Bréfritari: Samson Björnsson (ath)
Viðtakandi: Halldór Jónsson
Dagsetning: A-1875-03-12
Skrifað á: Djúpalæk, Langanesströnd  N-Múl.

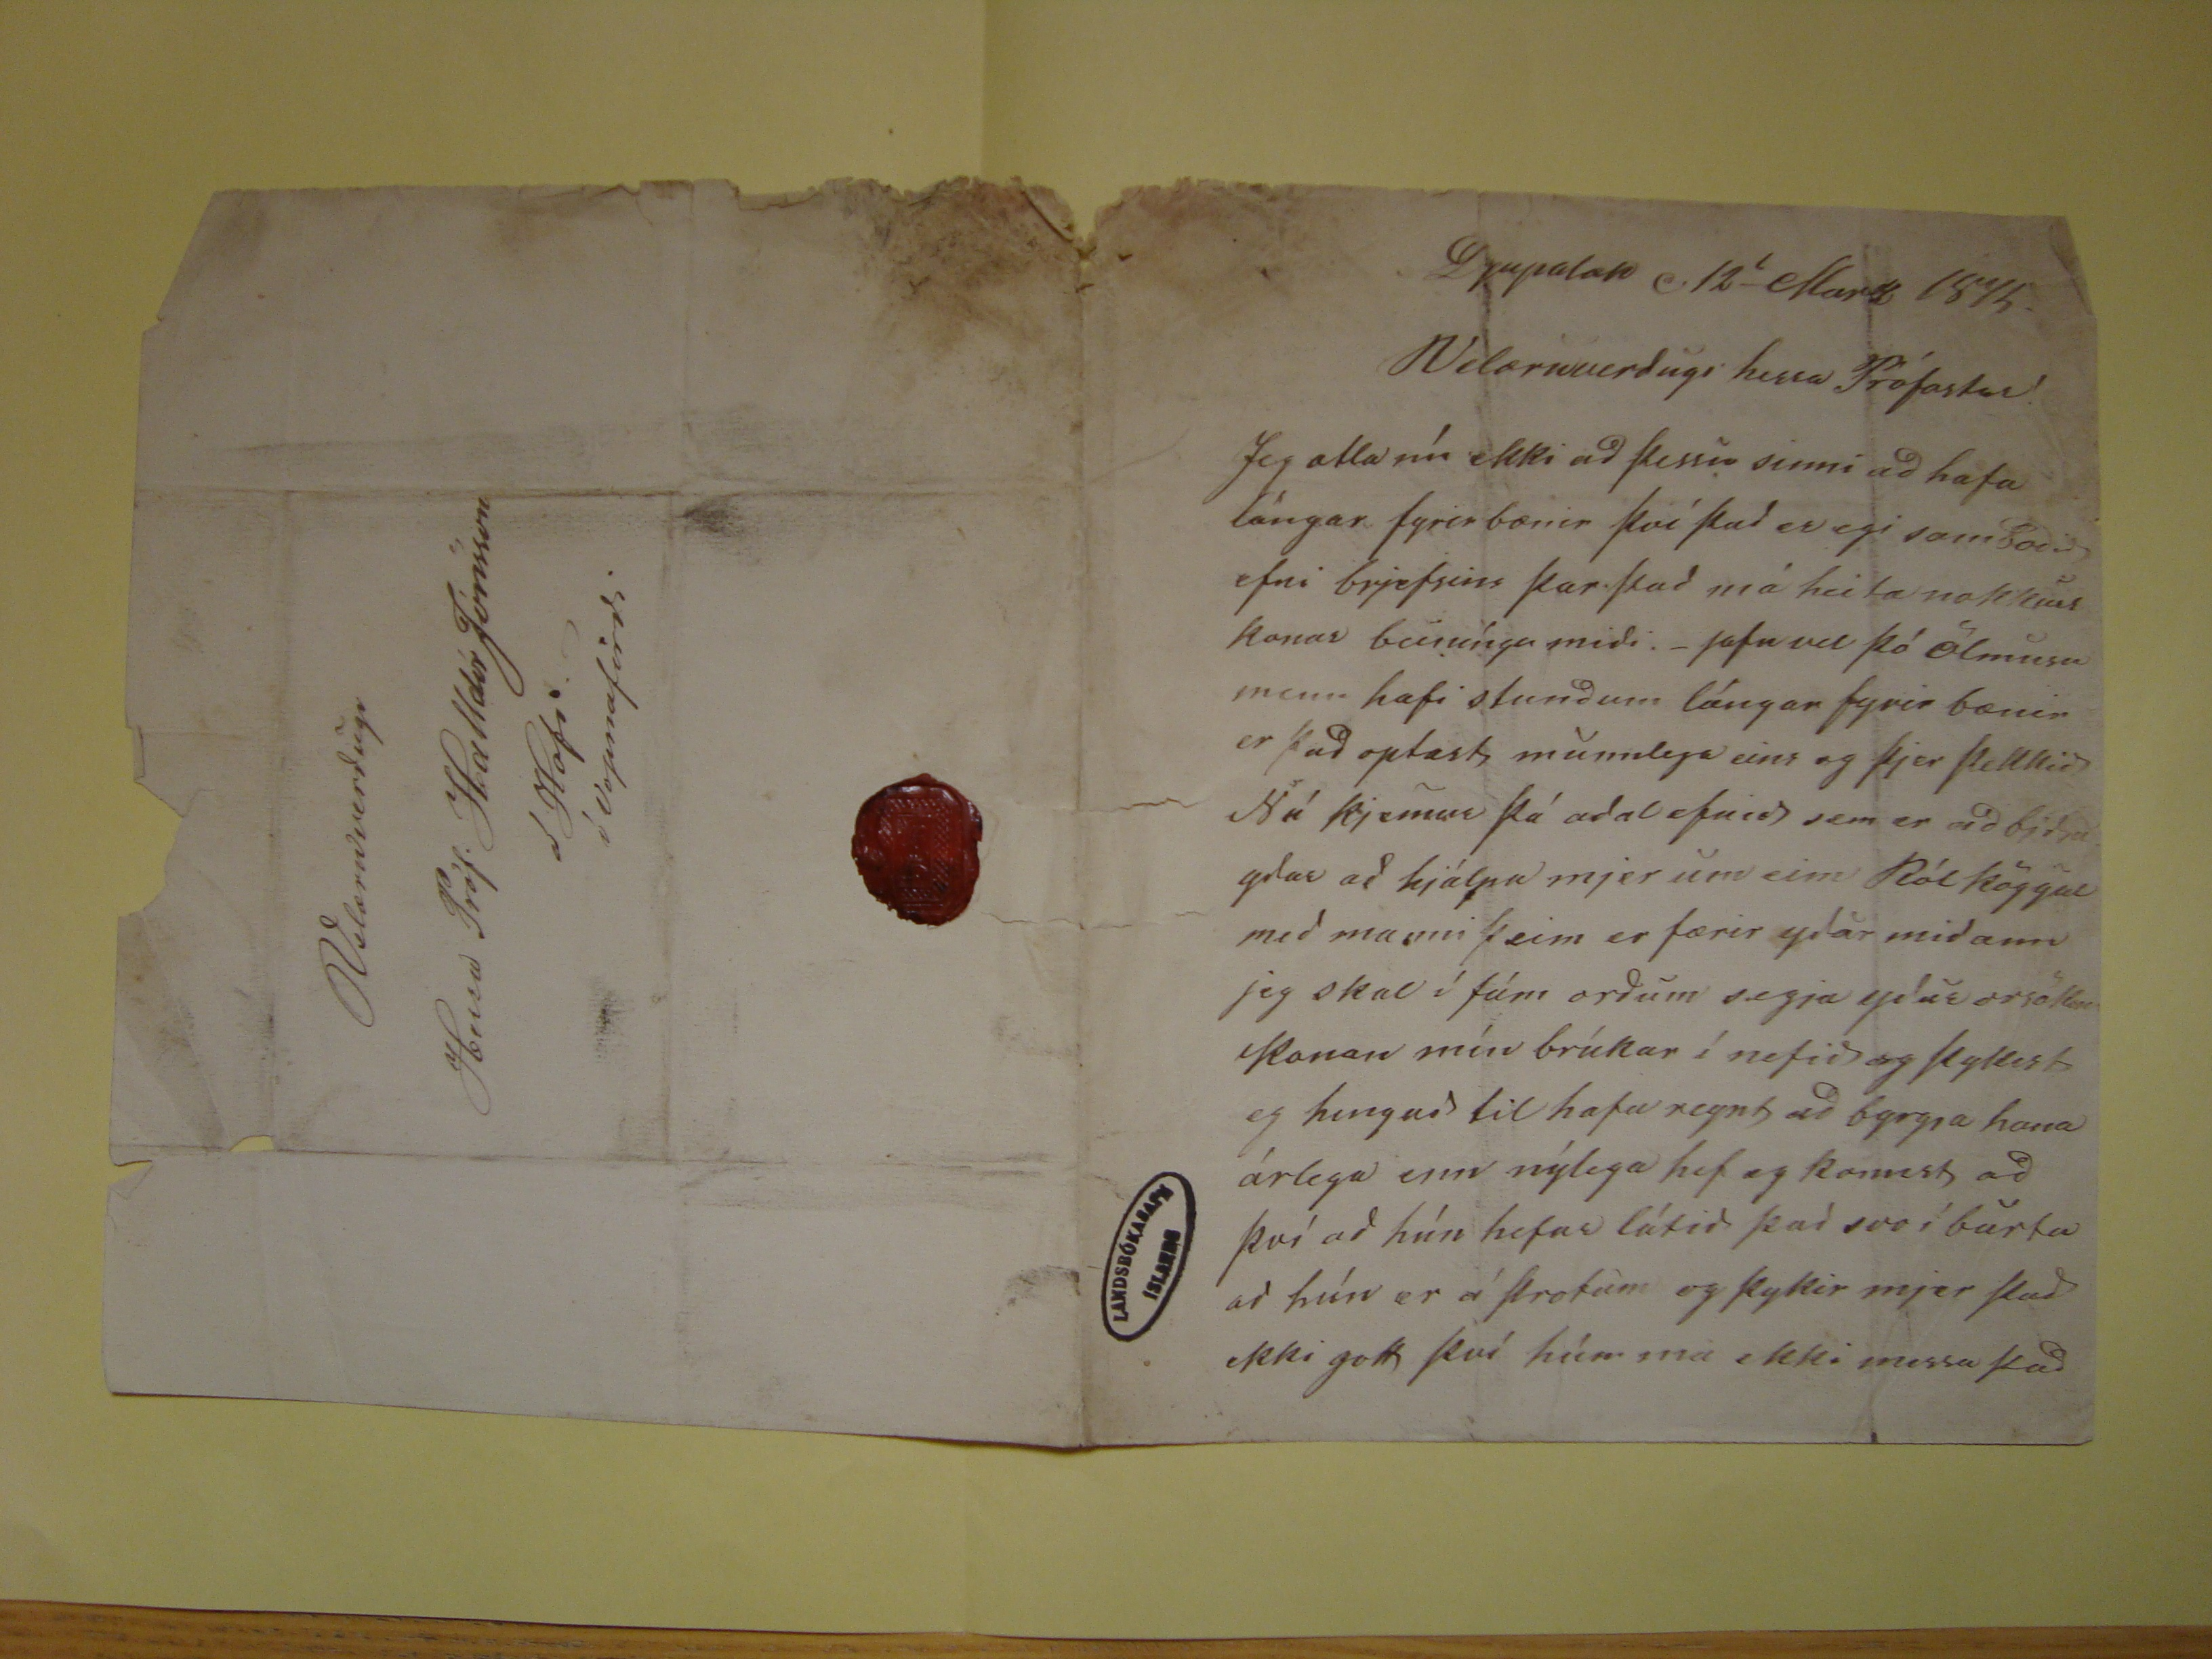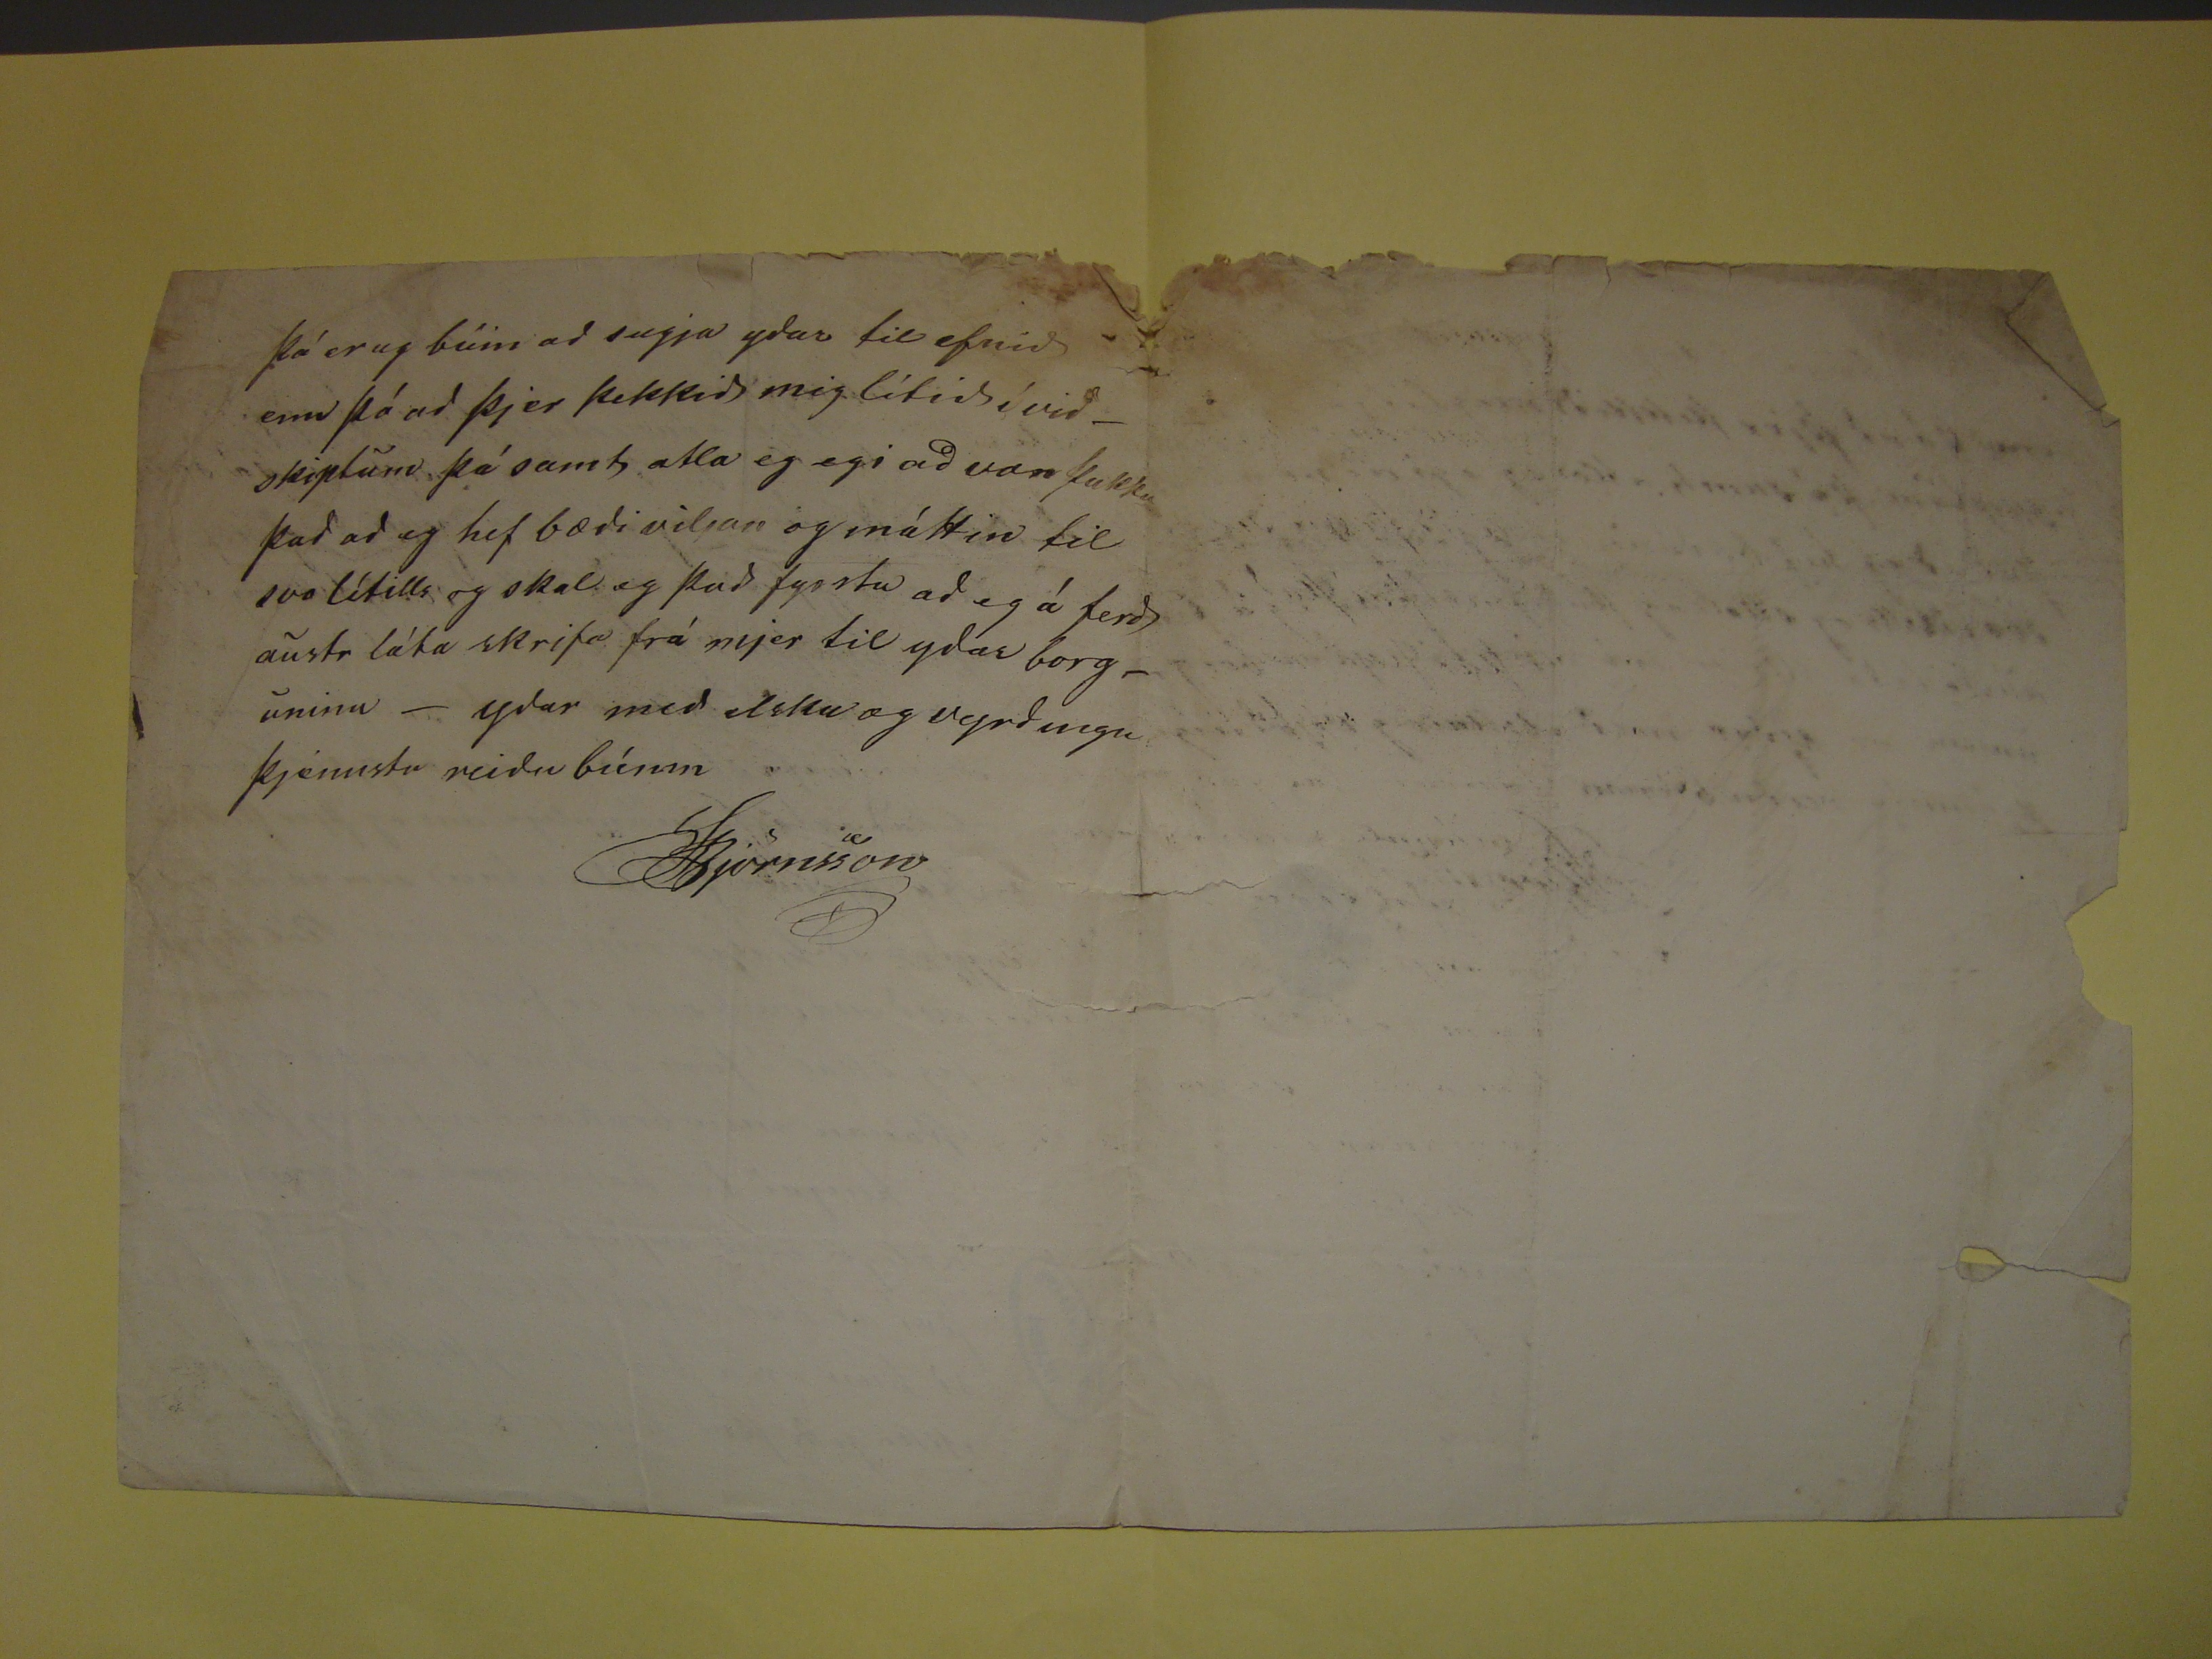

Djupalæk
,
12
l
- Mars 1875.
Velæruverðugi herra Prófastur
Jeg ætla nú ekki að þessu sinni að hafa lángar fyrirbænir því það er egi samboðið efni brjefsins þar. það má heita nokkurs konar beinínga miði.- jafn vel þó
ölmusumenn hafi stundum lángar fyrir bænir er það optast munnlega eins og þjer þekkið Nú kjemur þá aðalefnið sem er við
bjða
yðar að
hjálpa mjer um einn
Ról
köggul með manni þeim er færir yðar miðann jeg skal í fám orðum segja yður orsök
in
Konan
mín brúkar í nefið og þykist eg hingað til hafa reynt að byrgja hana árlega enn nýlega hef eg komest að því að hún hefur látið það svo í barta að hún er á þrotum og
þykir mjer það ekki gott því hún má ekki messa það
þá er ug búin að segja yður til efnið enn þá að þjer þekkið mig lítiðíviðskiptum þá samt ætla eg egi að anþakka það að eg hef bæði viljan og máttin til svo lítills
og skal eg það fyrsta að eg á ferð austr láta skrifa frá mjer mjer til yðar borgunina - yðar með elsku og vyrðingu þjenustu reiðu búinn
SBjörnsson
Velæruverðugi
Herra Próf. Halldór Jónsson
á Hofi
Í Vopnafirði